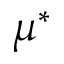
\mu ^ { * }